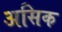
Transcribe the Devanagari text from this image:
असिक